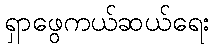
ရှာဖွေကယ်ဆယ်ရေး